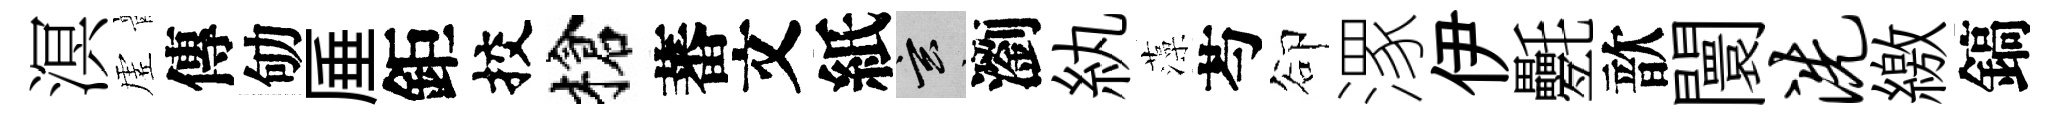
溟虗傳劬厜鉅挍槍蕃文紙玄瀏紈藻芍卻潈伊氎歆闤洗繳鎬